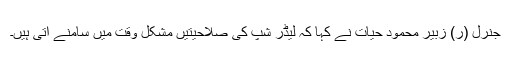
جنرل (ر) زبیر محمود حیات نے کہا کہ لیڈر شپ کی صلاحیتیں مشکل وقت میں سامنے آتی ہیں۔